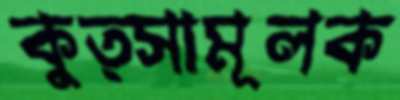
কুত্সামূলক